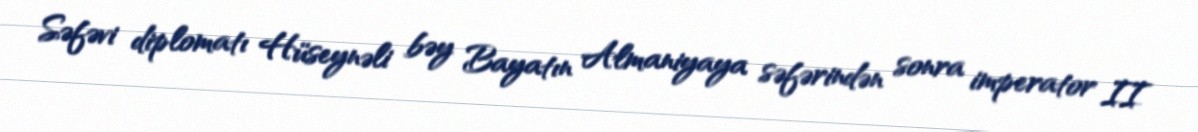
Səfəvi diplomatı Hüseynəli bəy Bayatın Almaniyaya səfərindən sonra imperator II